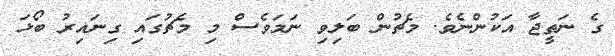
ގެ ނަތީޖާ އަކުންނެވެ. މެޗުން ބަލިވި ނަމަވެސް މި މެޗުގައި ގިނައިރު ބޯޅަ